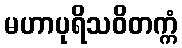
မဟာပုရိသဝိတက္ကံ